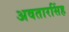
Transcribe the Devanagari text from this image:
अवतारसिंह